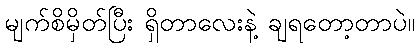
မျက်စိမှိတ်ပြီး ရှိတာလေးနဲ့ ချရတော့တာပဲ။